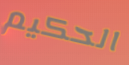
الحكيم